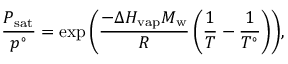
\frac { P _ { \mathrm { s a t } } } { p ^ { \circ } } = \exp { \left( \frac { - \Delta H _ { \mathrm { v a p } } M _ { \mathrm { w } } } { { \cal R } } \left( \frac { 1 } { T } - \frac { 1 } { T ^ { \circ } } \right) \right) } ,